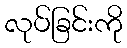
လုပ်ခြင်းကို